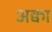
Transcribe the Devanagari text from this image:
अक्वा